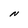
Character: N